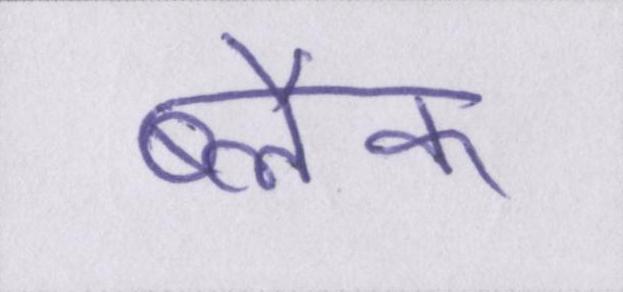
ब्लैक